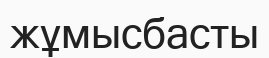
жұмысбасты